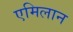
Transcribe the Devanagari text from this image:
एमिलान